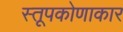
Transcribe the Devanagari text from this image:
स्तूपकोणाकार